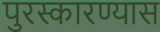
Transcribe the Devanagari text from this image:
पुरस्कारण्यास